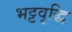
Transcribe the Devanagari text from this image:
भट्टवृद्धि